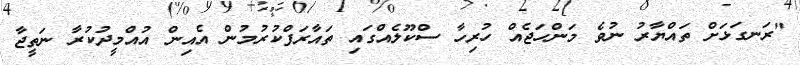
"ރަނގަޅަށް ތައްޔާރު ނުވެ މަންހަޖެއް ހުރިހާ ސްކޫލެއްގައި ތައާރަފްކުރުމުން އެއިން އުއްމީދުކުރާ ނަތީޖާ